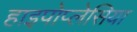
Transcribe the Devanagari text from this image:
हाइपोप्लेसिया